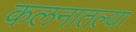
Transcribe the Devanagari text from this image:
कलनातल्या